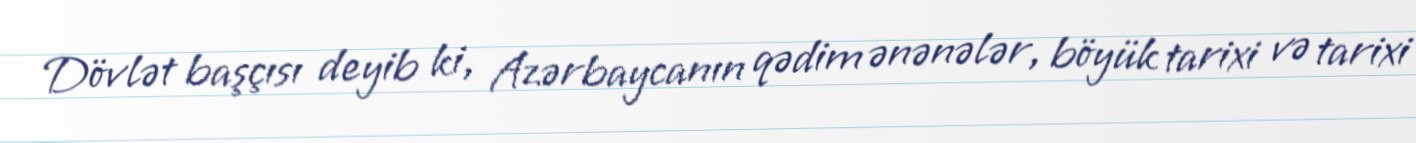
Dövlət başçısı deyib ki, Azərbaycanın qədim ənənələr, böyük tarixi və tarixi